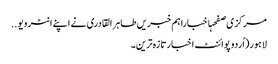
مرکزی صفحہاخباراہم خبریں طاہر القادری نے اپنے انٹرویو ..
لاہور(اُردو پوائنٹ اخبارتازہ ترین۔